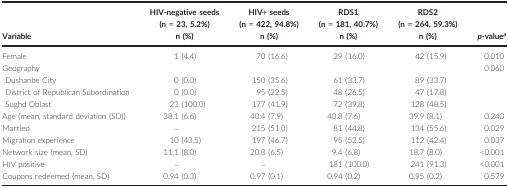
| <ROWSPAN=2> Variable | HIV‐negative seeds (n = 23, 5.2%) | HIV+ seeds (n = 422, 94.8%) | RDS1 (n = 181, 40.7%) | RDS2 (n = 264, 59.3%) | <ROWSPAN=2> p‐valuea |
 | n (%) | n (%) | n (%) | n (%) |
 | --- | --- | --- | --- | --- | --- |
 | Female | 1 (4.4) | 70 (16.6) | 29 (16.0) | 42 (15.9) | 0.010 |
 | <COLSPAN=5> Geography | <ROWSPAN=4> 0.060 |
 | Dushanbe City | 0 (0.0) | 150 (35.6) | 61 (33.7) | 89 (33.7) |
 | District of Republican Subordination | 0 (0.0) | 95 (22.5) | 48 (26.5) | 47 (17.8) |
 | Sughd Oblast | 23 (100.0) | 177 (41.9) | 72 (39.8) | 128 (48.5) |
 | Age (mean, standard deviation (SD)) | 38.1 (6.6) | 40.4 (7.9) | 40.8 (7.6) | 39.9 (8.1) | 0.240 |
 | Married | – | 215 (51.0) | 81 (44.8) | 134 (55.6) | 0.029 |
 | Migration experience | 10 (43.5) | 197 (46.7) | 95 (52.5) | 112 (42.4) | 0.037 |
 | Network size (mean, SD) | 11.1 (8.0) | 20.8 (6.5) | 9.4 (6.8) | 18.7 (8.0) | <0.001 |
 | HIV positive | – | – | 181 (100.0) | 241 (91.3) | <0.001 |
 | Coupons redeemed (mean, SD) | 0.94 (0.3) | 0.97 (0.1) | 0.94 (0.2) | 0.95 (0.2) | 0.579 |